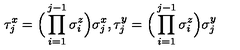
\tau _ { j } ^ { x } = \Big ( \prod _ { i = 1 } ^ { j - 1 } \sigma _ { i } ^ { z } \Bigr ) \sigma _ { j } ^ { x } , \tau _ { j } ^ { y } = \Big ( \prod _ { i = 1 } ^ { j - 1 } \sigma _ { i } ^ { z } \Bigr ) \sigma _ { j } ^ { y }